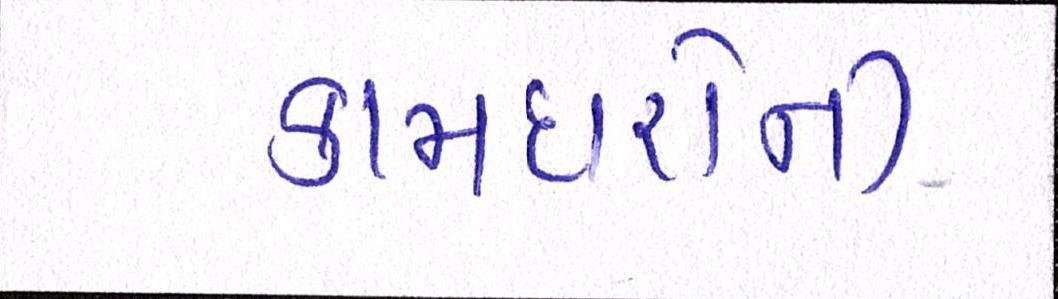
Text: કામદારોની